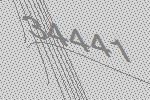
34441